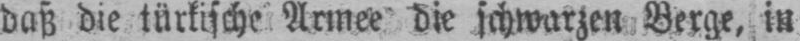
daß die türkische Armee die schwarzen Berge, in